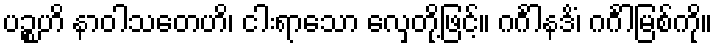
ပဉ္စဟိ နာဝါသတေဟိ၊ ငါးရာသော လှေတို့ဖြင့်။ ဂင်္ဂါနဒိံ၊ ဂင်္ဂါမြစ်ကို။